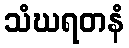
သံဃရတနံ